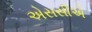
એસસીએ